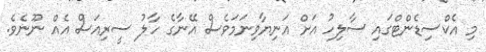
މި އެކްސިޑެންޓްގައި ސާލިހު އަށް އަނިޔާވިނަމަވެސް އޭނާގެ ހާލު ސީރިއަސް އެއް ނޫނެވެ.